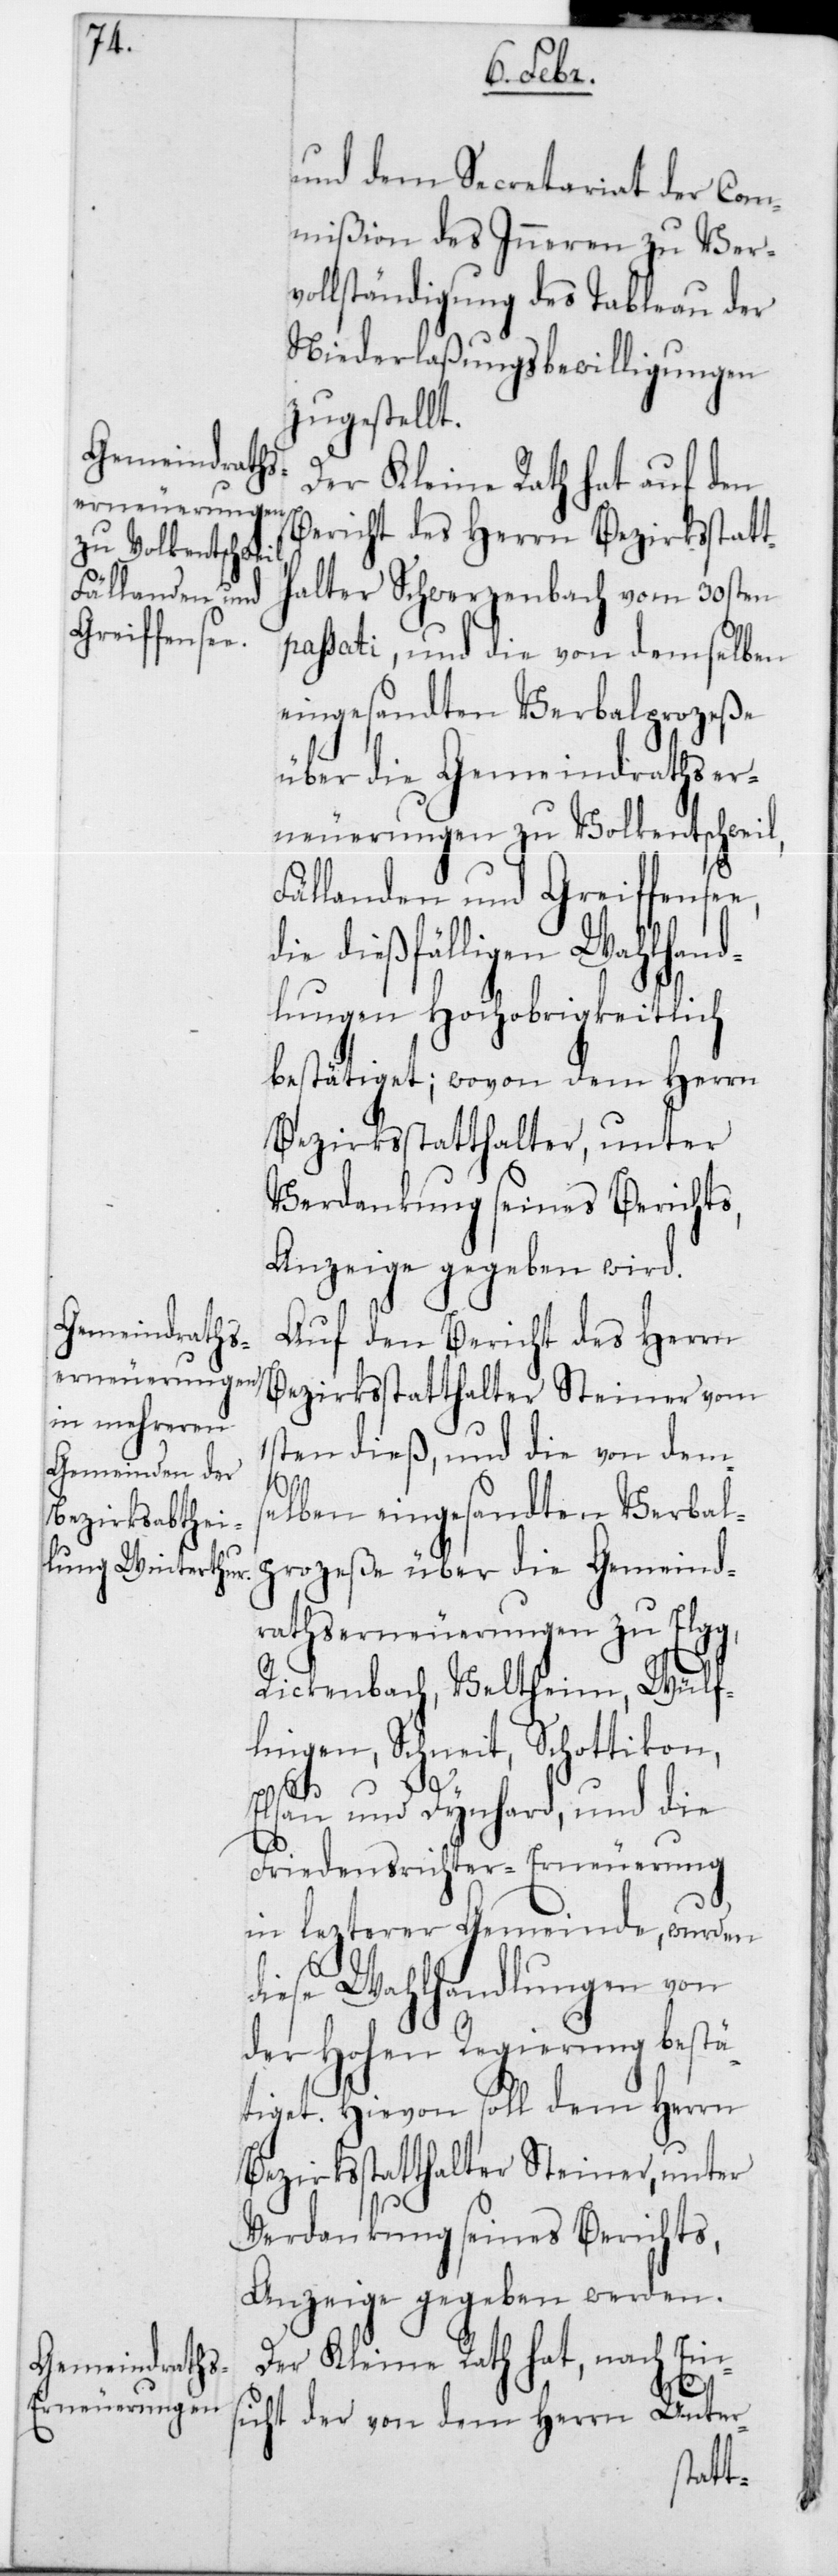
und dem Secretariat der Com¬
mißion des Innern zu Verv¬
ollständigung des Tableau der
Niederlaßungsbewilligungen
zugestellt.
Der Kleine Rath hat auf den
Bericht des Herrn Bezirksstatt¬
halter Schwerzenbach vom 30sten
passati, und die von demselben
eingesandten Verbalprozeße
über die Gemeindrathser¬
neuerungen zu Volkentschweil,
Fällanden und Greiffensee,
die dießfälligen Wahlhand¬
lungen Hochobrigkeitlich
bestätiget; wovon dem Herrn
Bezirksstatthalter, unter
Verdankung seines Berichts,
Anzeige gegeben wird.
Auf den Bericht des Herrn
Bezirksstatthalter Steiner vom
1sten dieß, und die von dems¬
elben eingesandten Verbal¬
prozeße über die Gemeind¬
raths-Erneuerungen zu Elgg,
Rickenbach, Veltheim, Wülf¬
lingen, Schneit, Schottikon,
Elsau und Dynhard, und die
Friedensrichter-Erneuerung
in lezterer Gemeinde, wurden
diese Wahlhandlungen von
der Hohen Regierung bestä¬
tiget. Hievon soll dem Herrn
Bezirksstatthalter Steiner, unter
Verdankung seines Berichts,
Anzeige gegeben werden.
Der Kleine Rath hat, nach Ein¬
sicht der von dem Herrn Unter-